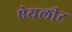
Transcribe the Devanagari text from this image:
ऐथलीट